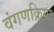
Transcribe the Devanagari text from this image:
वंगणक्रिया